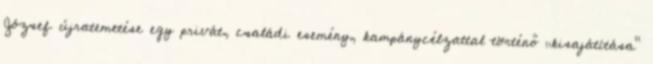
József újratemetése egy privát, családi esemény, kampánycélzattal történő „kisajátítása”